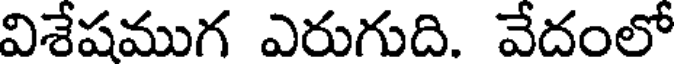
విశేషముగ ఎరుగుది. వేదంలో